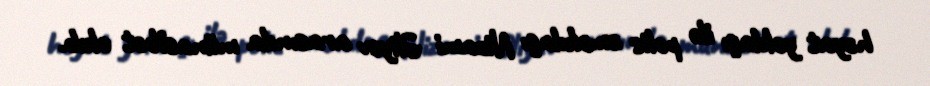
həyat yoldaşı ilə polis əməkdaşı Nizami Əliyev arasında münasibət olub.